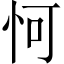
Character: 𪫧